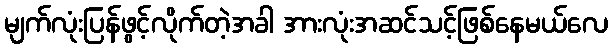
မျက်လုံးပြန်ဖွင့်လိုက်တဲ့အခါ အားလုံးအဆင်သင့်ဖြစ်နေမယ်လေ